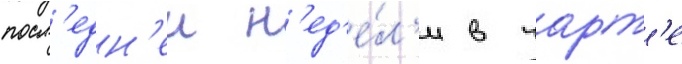
посл'едн'еи н'ед'е́л'и в чарт'е